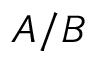
A / B